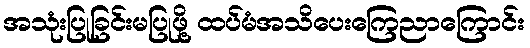
အသုံးပြုခြင်းမပြုဖို့ ထပ်မံအသိပေးကြေညာကြောင်း